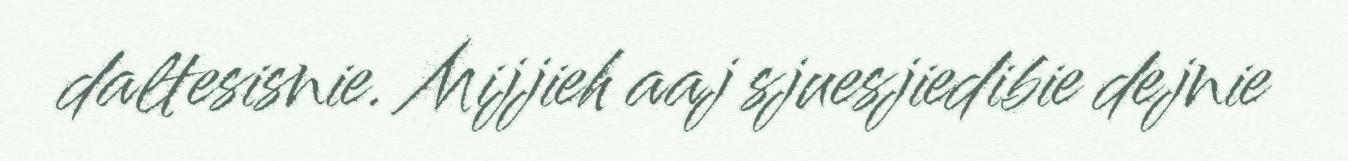
daltesisnie. Mijjieh aaj sjuesjiedibie dejnie